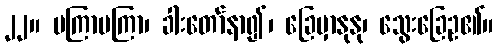
၂၂။ မကြာမကြာ၊ ခါးတော်နာ၍၊ ခြေမှာနုနု၊ သွေးခြေဥ၏။